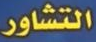
التشاور